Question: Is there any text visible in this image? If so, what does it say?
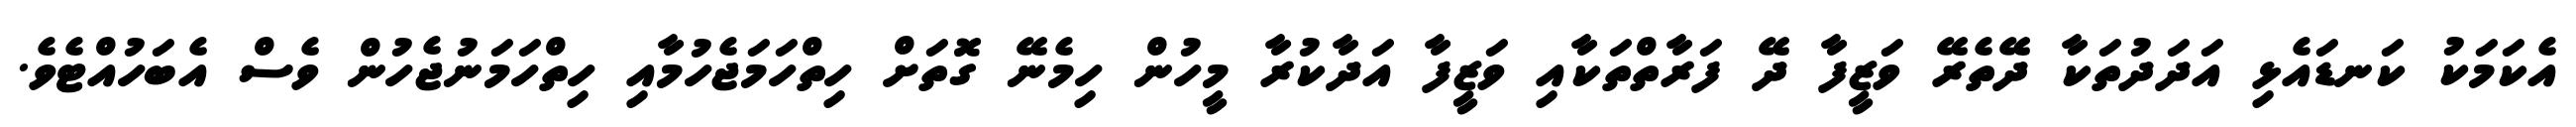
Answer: އެކަމަކު ކަނޑައެޅި އަދަދުތަކާ ދޭތެރޭ ވަޒީފާ ދޭ ފަރާތްތަކާއި ވަޒީފާ އަދާކުރާ މީހުން ހިމެނޭ ގޮތަށް ހިތްހަމަޖެހުމާއި ހިތްހަމަނުޖެހުން ވެސް އެބަހުއްޓެވެ.